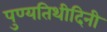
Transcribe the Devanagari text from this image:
पुण्यतिथीदिनी